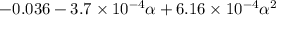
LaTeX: - 0 . 0 3 6 - 3 . 7 \times 1 0 ^ { - 4 } \alpha + 6 . 1 6 \times 1 0 ^ { - 4 } \alpha ^ { 2 }